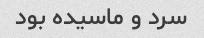
سرد و ماسیده بود